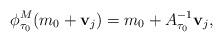
LaTeX: \begin{align*} \phi^M_{\tau_0}(m_0+\mathbf{v}_j)=m_0+A_{\tau_0}^{-1}\mathbf{v}_j,\end{align*}